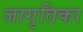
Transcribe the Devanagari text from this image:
जागृतिका